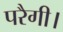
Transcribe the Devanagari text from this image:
परैगी।